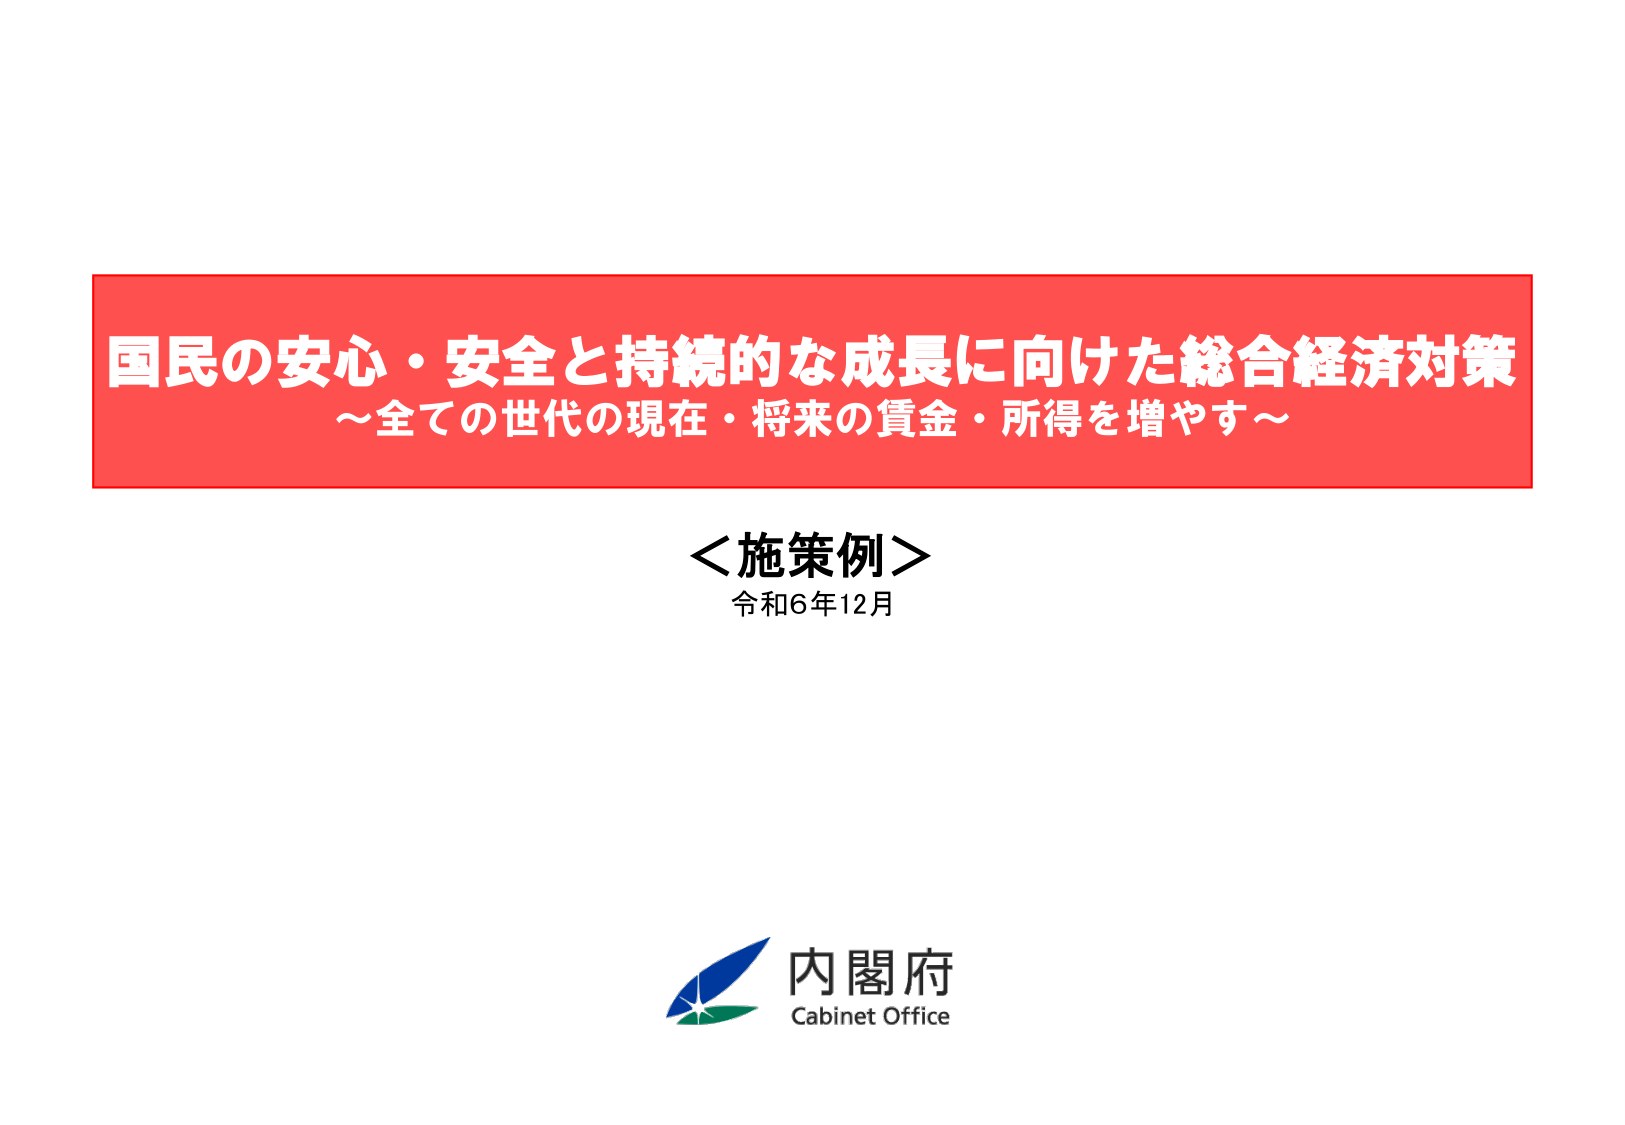
国民の安心・安全と持続的な成長に向けた総合経済対策
～全ての世代の現在・将来の賃金・所得を増やす～

＜施策例＞
令和6年12月

内閣府
Cabinet Office